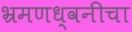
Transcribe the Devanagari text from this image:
भ्रमणध्वनीचा